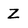
Character: Z